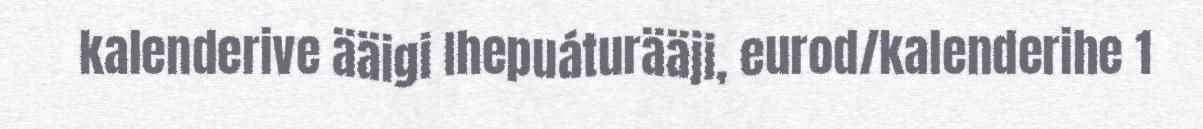
kalenderive ääigi Ihepuáturääji, eurod/kalenderihe 1